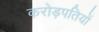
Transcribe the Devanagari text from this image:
करोड़पतियों